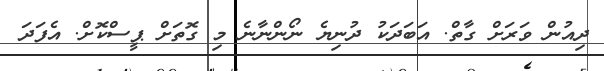
ދިއުން ވަރަށް ގާތް. އަބަދަކު ދުނިޔެ ނޯންނާނެ މި ގޮތަށް ޕީސްކޮށް. އެފަދަ